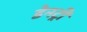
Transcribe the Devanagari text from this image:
डेनट्री